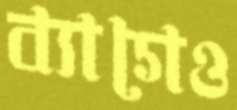
ব্যাগেও